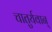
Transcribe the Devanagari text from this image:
चातुर्यवान्